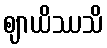
ဈာယိဿသိ